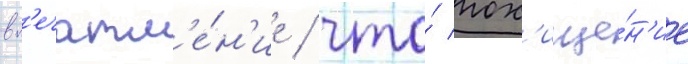
вп'ечатл'е́н'ие / что́ пох'ище́н'ие